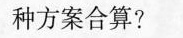
种方案合算?